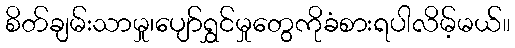
စိတ်ချမ်းသာမှု၊ပျော်ရွှင်မှုတွေကိုခံစားရပါလိမ့်မယ်။